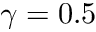
\gamma = 0 . 5